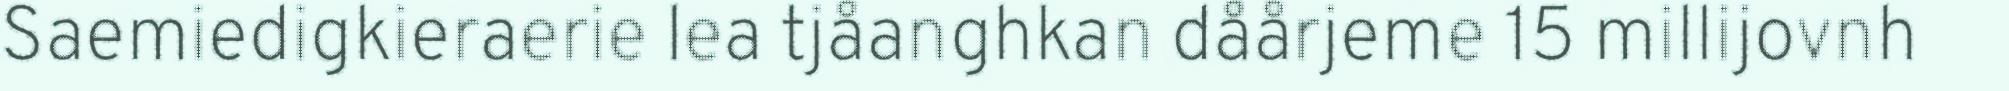
Saemiedigkieraerie lea tjåanghkan dåårjeme 15 millijovnh